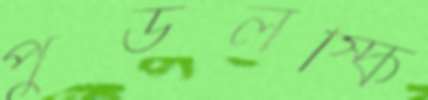
পুডলস্কি